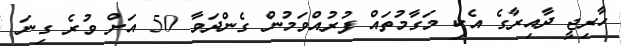
ހާރިޖީ ދާއިރާގެ އެކި މަގާމުތައް ފުރުއްވަމުން ގެންދަވާ 50 އަށް ވުރެ ގިނަ